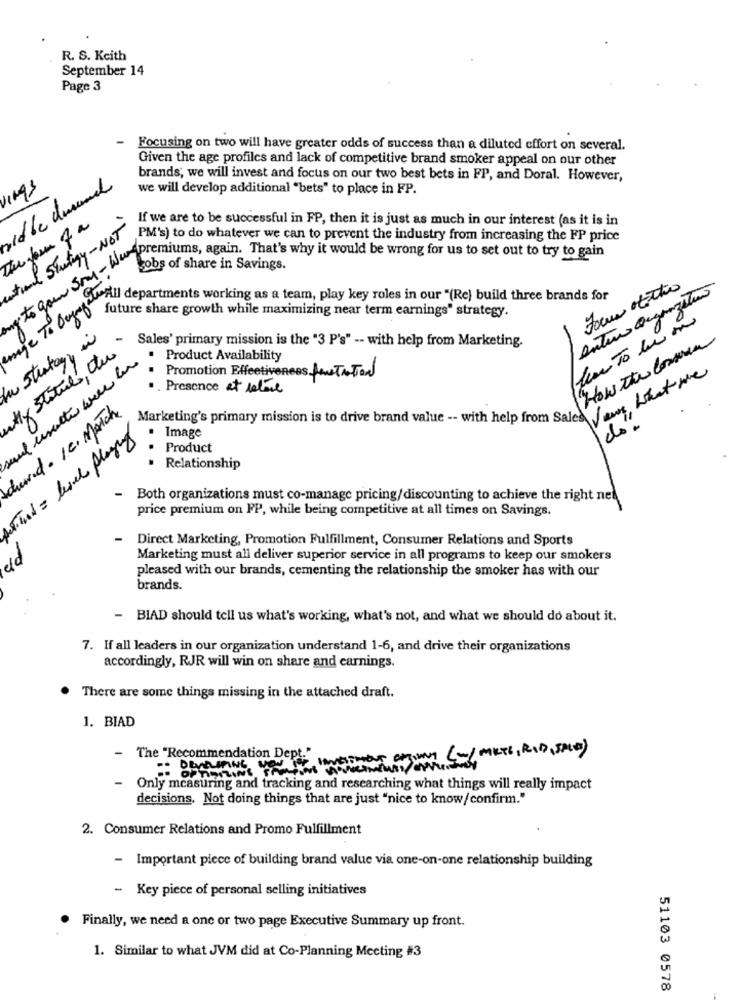
R. S. Keith
September 14
Page 3
-
Focusing on two will have greater odds of success than a diluted effort on several.
Given the age profiles and lack of competitive brand smoker appeal on our other
brands, we will invest and focus on our two best bets in FP, and Doral. However,
VIngs
vid be durand
we will develop additional "bets" to place in FP.
If we are to be successful in FP, then it is just as much in our interest (as it is in
atund Stetigy- NOT
PM's) to do whatever we can to prevent the industry from increasing the FP price
one Spol. 500g of sha again. That's why it would be wrong for us to set out to try
antun Organization
Focus ofthe
age To Beynfal
Grill departments working as a team, play key roles in our "(Re) build three brands for
future share growth while maximizing near term earnings" strategy.
Strategy
- Sales' primary mission is the "3 P's" -- with help from Marketing.
"How The Consumer
Hy Statues, tu
Product Availability
Promotion Effectiveness Monstration
. Presence at retire
und. I.c. Match
Marketing's primary mission is to drive brand value -- with help from Sales
do"
Tid = level playing
Image
Product
Relationship
- Both organizations must co-manage pricing/discounting to achieve the right nel
price premium on FP, while being competitive at all times on Savings.
- Direct Marketing, Promotion Fulfillment, Consumer Relations and Sports
Pr
Marketing must all deliver superior service in all programs to keep our smokers
pleased with our brands, cementing the relationship the smoker has with our
brands.
- BIAD should tell us what's working, what's not, and what we should do about it.
7. If all leaders in our organization understand 1-6, and drive their organizations
accordingly, RJR will win on share and earnings.
There are some things missing in the attached draft.
1. BIAD
- The "Recommendation Dept."
.: DEVELOPING NOW OF INGEMOUT OFsong ( -/ MIKEL , RID , SALE )
- Only measuring and tracking and researching what things will really impact
decisions, Not doing things that are just "nice to know/confirm."
2. Consumer Relations and Promo Fulfillment
- Important piece of building brand value via one-on-one relationship building
- Key piece of personal selling initiatives
Finally, we need a one or two page Executive Summary up front.
1. Similar to what JVM did at Co-Planning Meeting #3
51103 0578